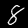
Label: 8